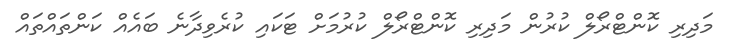
މަދިރި ކޮންޓްރޯލް ކުރުން މަދިރި ކޮންޓްރޯލް ކުރުމަށް ޓަކައި ކުރެވިދާނެ ބައެއް ކަންތައްތައް